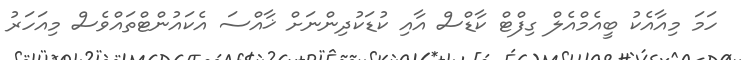
ހަމަ މިއާއެކު ބީއެމްއެލް ގިފްޓް ކާޑްސް އާއި ކުޑަކުދިންނަށް ޚާއްސަ އެކައުންޓްތައްވެސް މިއަހަރު